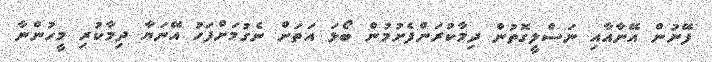
ފޭނުން އޭނާއާއި ނަސްލީގޮތުން ދިމާކުރަންފެށުމުން ބޯޅަ އަތަށް ނެގުމަށްފަހު އޭނަޔާ ދިމާކުރި މީހުންނާ